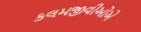
કલમજીવીઓએ